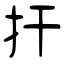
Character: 扞